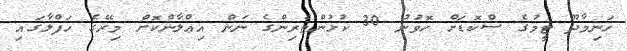
ހަނިމާދޫ ޓީމުގެ ސްކޮޑަށް ހޮވުނު 30 ކުޅުންތެރިންގެ ނަން އިޢްލާންކޮށް މިރޭގެ ހަފްލާގައި